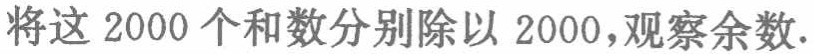
将这 \(2000\) 个和数分别除以 \(2000\)，观察余数.